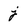
Character: j